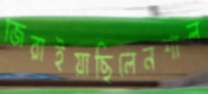
জিরাইয়াছিলেনশাল